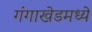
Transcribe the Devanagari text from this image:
गंगाखेडमध्ये